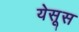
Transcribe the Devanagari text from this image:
येसूस